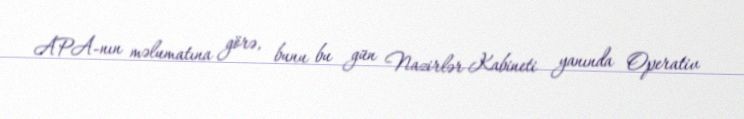
APA-nın məlumatına görə, bunu bu gün Nazirlər Kabineti yanında Operativ